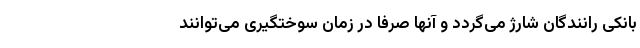
بانکی رانندگان شارژ می‌گردد و آنها صرفا در زمان سوختگیری می‌توانند